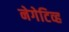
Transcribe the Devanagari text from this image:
नेगेटिव्ह